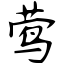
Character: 莺